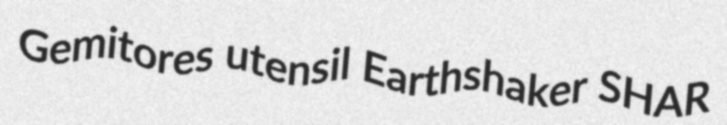
Gemitores utensil Earthshaker SHAR